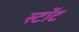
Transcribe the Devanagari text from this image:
स्टॉट